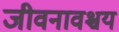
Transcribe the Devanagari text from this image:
जीवनावश्चय